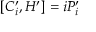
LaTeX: [ C _ { i } ^ { \prime } , H ^ { \prime } ] = i P _ { i } ^ { \prime } \,